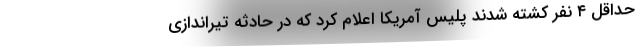
حداقل ۴ نفر کشته شدند پلیس آمریکا اعلام کرد که در حادثه تیراندازی